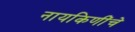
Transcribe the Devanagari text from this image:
नायकिणींचे